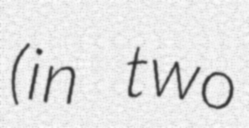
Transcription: (in two